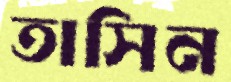
তাসিন